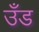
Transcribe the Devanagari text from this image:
उँड